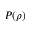
P ( \rho )